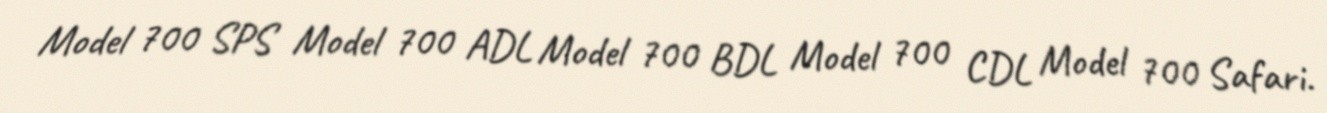
Model 700 SPS Model 700 ADL Model 700 BDL Model 700 CDL Model 700 Safari.